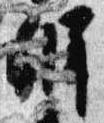
弁